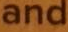
and